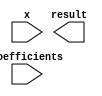
module cordic_poly_eval #(
    parameter COEFF_WIDTH = 16,  // Width of coefficients
    parameter X_WIDTH = 16,       // Width of input x
    parameter RESULT_WIDTH = 32,  // Width of result
    parameter DEGREE = 4          // Degree of polynomial
)(
    input  wire [X_WIDTH-1:0] x,                       // Input value
    input  wire [COEFF_WIDTH*DEGREE-1:0] coefficients, // Coefficients array
    output reg  [RESULT_WIDTH-1:0] result              // Result of polynomial evaluation
);

    // Internal signals
    reg [RESULT_WIDTH-1:0] term [0:DEGREE]; // Terms of the polynomial
    integer i;

    // Polynomial evaluation using pipelined architecture
    always @(*) begin
        // Initialize result
        result = 0;

        // Compute each term of the polynomial
        term[0] = coefficients[COEFF_WIDTH*1-1:COEFF_WIDTH*0]; // c0
        term[1] = coefficients[COEFF_WIDTH*2-1:COEFF_WIDTH*1] * x; // c1 * x
        term[2] = coefficients[COEFF_WIDTH*3-1:COEFF_WIDTH*2] * (x * x); // c2 * x^2
        term[3] = coefficients[COEFF_WIDTH*4-1:COEFF_WIDTH*3] * (x * x * x); // c3 * x^3
        term[4] = coefficients[COEFF_WIDTH*5-1:COEFF_WIDTH*4] * (x * x * x * x); // c4 * x^4

        // Sum up all terms
        for (i = 0; i <= DEGREE; i = i + 1) begin
            result = result + term[i];
        end
    end

endmodule